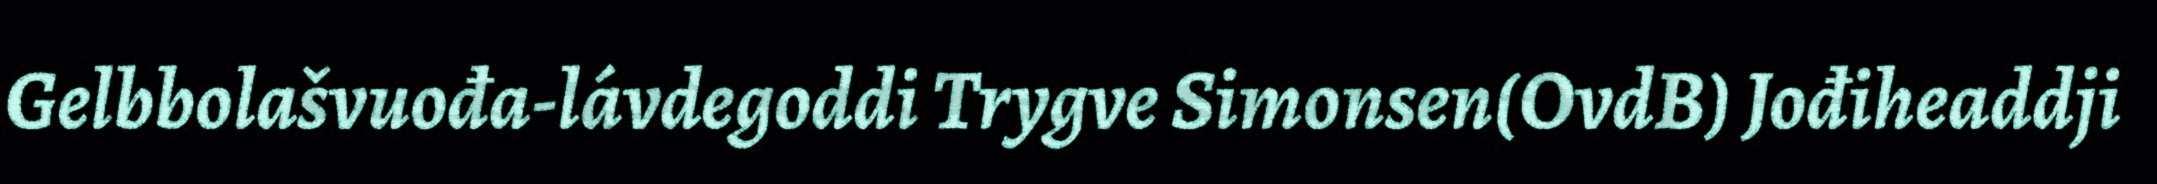
Gelbbolašvuođa-lávdegoddi Trygve Simonsen(OvdB) Jođiheaddji